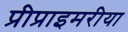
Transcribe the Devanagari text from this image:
प्रीप्राइमरीया